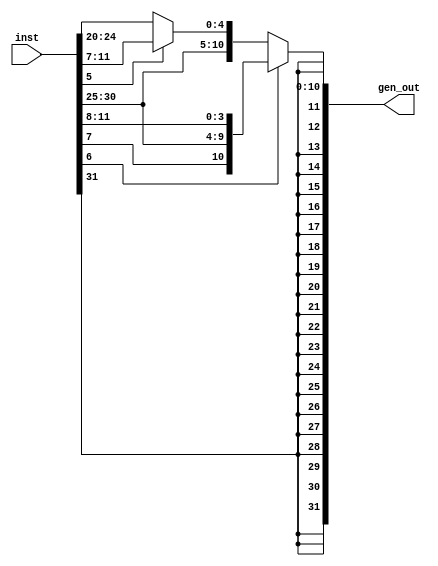
`timescale 1ns / 1ps
//////////////////////////////////////////////////////////////////////////////////
// Company: 
// Engineer: 
// 
// Design Name: 
// Module Name: ImmGen
// Project Name: 
// Target Devices: 
// Tool Versions: 
// Description: 
// 
// Dependencies: 
// 
// Revision:
// Revision 0.01 - File Created
// Additional Comments:
// 
//////////////////////////////////////////////////////////////////////////////////


module ImmGen (output reg [31:0] gen_out,
               input [31:0] inst);
               
    wire[6:0] opcode = inst[6:0];
    
    always@(*)begin
        if(opcode[6])  //BEQ
            gen_out = {{20{inst[31]}}, inst[31], inst[7],  inst[30:25], inst[11:8]};
        else if (opcode[5]) //SW
            gen_out = {{20{inst[31]}}, inst[31:25], inst[11:7]};
        else //Lw
            gen_out = {{20{inst[31]}}, inst[31:20]};
    end


endmodule